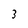
Character: 3